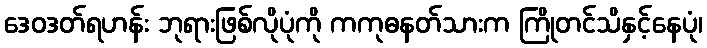
ဒေဝဒတ်ရဟန်း ဘုရားဖြစ်လိုပုံကို ကကုဓနတ်သားက ကြိုတင်သိနှင့်နေပုံ၊